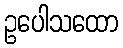
ဥပေါသထော